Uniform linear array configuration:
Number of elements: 64
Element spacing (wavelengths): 0.75
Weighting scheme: exponential
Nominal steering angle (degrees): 0
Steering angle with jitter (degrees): -1.977
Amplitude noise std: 0.05
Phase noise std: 0.05

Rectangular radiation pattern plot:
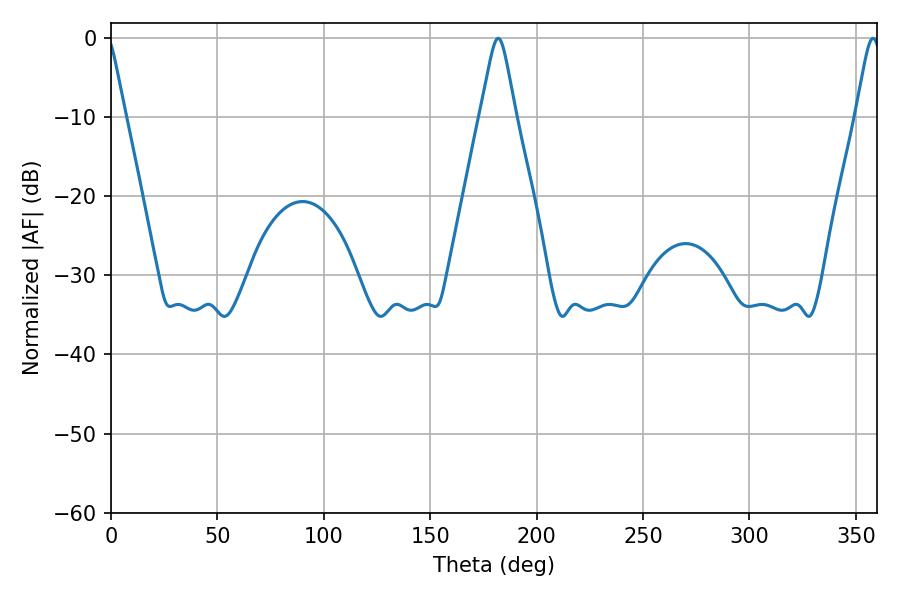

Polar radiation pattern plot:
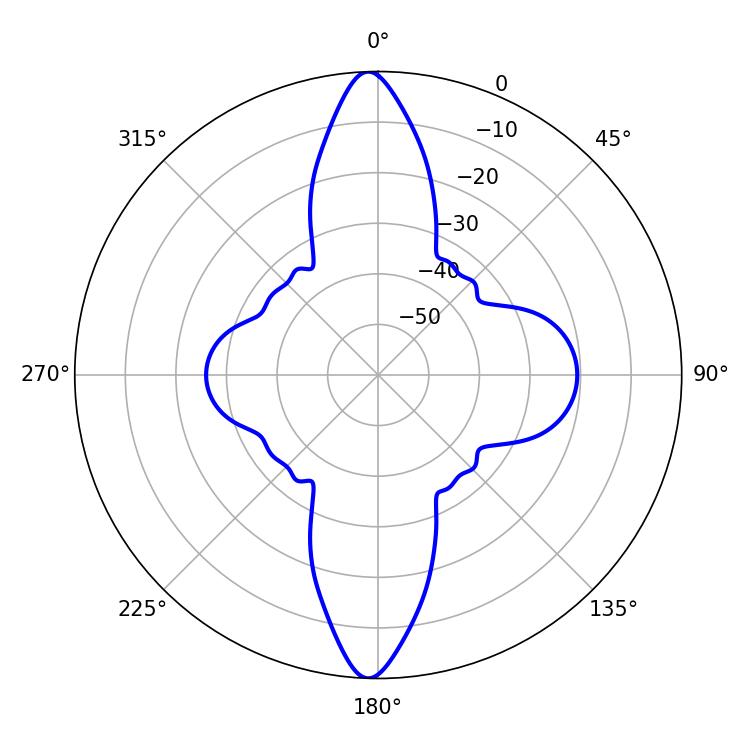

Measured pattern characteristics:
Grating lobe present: TRUE
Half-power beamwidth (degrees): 5.76
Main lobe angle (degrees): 358.02